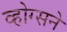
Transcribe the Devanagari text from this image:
व्होग्सने